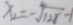
x _ { 1 } = - \sqrt [ 4 ] { 1 2 8 } - 1